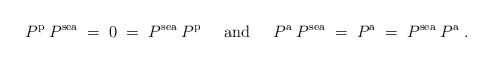
LaTeX: \begin{align*}P^{\mbox{\scriptsize{p}}} \:P^{\mbox{\scriptsize{sea}}} \;=\; 0 \;=\;P^{\mbox{\scriptsize{sea}}} \:P^{\mbox{\scriptsize{p}}} \;\;\;\;\;{\mbox{and}}\;\;\;\;\;P^{\mbox{\scriptsize{a}}} \:P^{\mbox{\scriptsize{sea}}} \;=\; P^{\mbox{\scriptsize{a}}} \;=\;P^{\mbox{\scriptsize{sea}}} \:P^{\mbox{\scriptsize{a}}} \;. \end{align*}